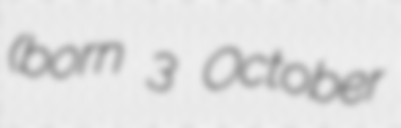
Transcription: (born 3 October